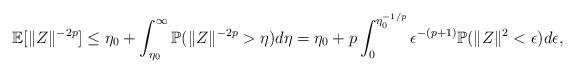
LaTeX: \begin{align*}\mathbb{E}[\|Z\|^{-2p}]\leq \eta_0+\int_{\eta_0}^\infty \mathbb{P}(\|Z\|^{-2p}>\eta)d\eta= \eta_0+ p\int_0^{\eta_0^{-1/p}}\epsilon^{-(p+1)}\mathbb{P}(\|Z\|^2<\epsilon)d\epsilon,\end{align*}